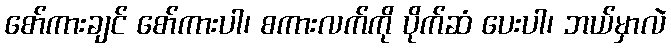
စော်ကားချင် စော်ကားပါ၊ စကားလက်ကို ပိုက်ဆံ ပေးပါ၊ ဘယ်မှာလဲ